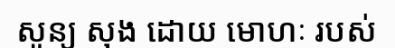
សូន្យ សុង ដោយ មោហៈ របស់